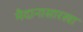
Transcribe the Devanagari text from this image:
मैदानासारखा